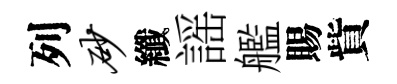
列砂纖謡艦賜貲